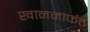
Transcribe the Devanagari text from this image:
खानमार्फत